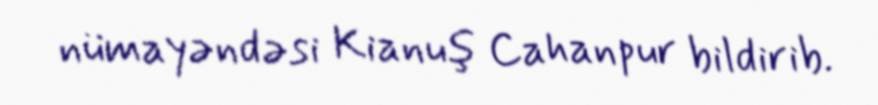
nümayəndəsi Kianuş Cahanpur bildirib.